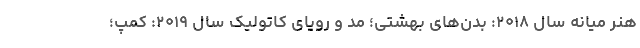
هنر میانه سال ۲۰۱۸: بدن‌های بهشتی؛ مد و رویای کاتولیک سال ۲۰۱۹: کمپ؛